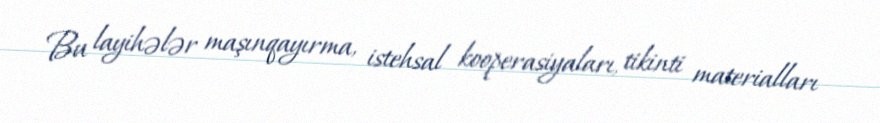
Bu layihələr maşınqayırma, istehsal kooperasiyaları, tikinti materialları